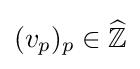
(v_{p})_{p}\in {\widehat {\mathbb {Z} }}